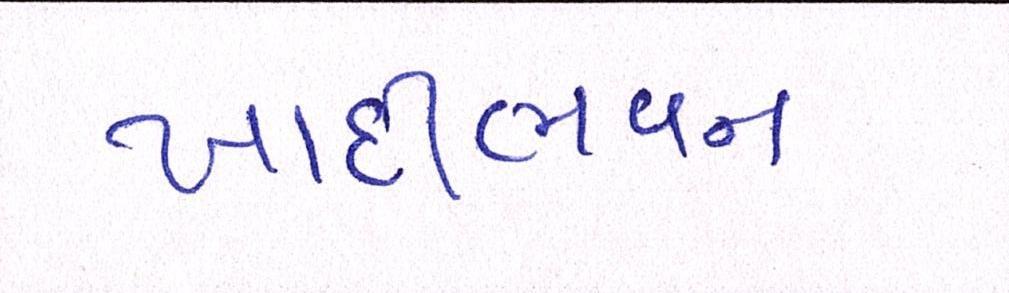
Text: ખાદીભવન